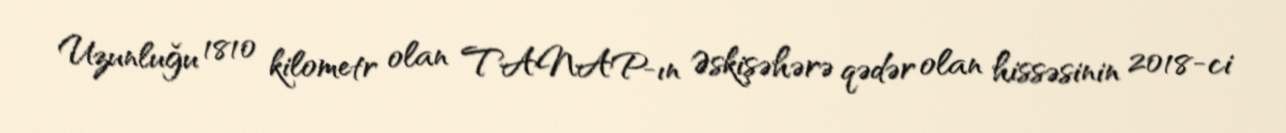
Uzunluğu 1810 kilometr olan TANAP-ın Əskişəhərə qədər olan hissəsinin 2018-ci